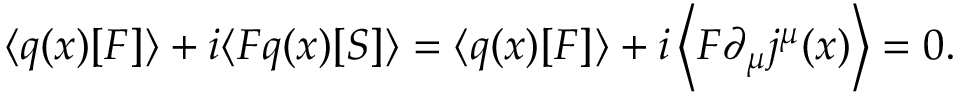
\langle q ( x ) [ F ] \rangle + i \langle F q ( x ) [ S ] \rangle = \langle q ( x ) [ F ] \rangle + i \left\langle F \partial _ { \mu } j ^ { \mu } ( x ) \right\rangle = 0 .